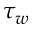
\tau _ { w }